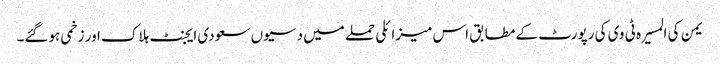
یمن کی المسیرہ ٹی وی کی رپورٹ کے مطابق اس میزائلی حملے میں دسیوں سعودی ایجنٹ ہلاک اور زخمی ہوگئے۔